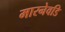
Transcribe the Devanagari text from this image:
मारनेवडि